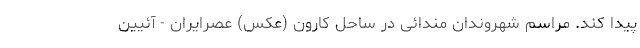
پیدا کند. مراسم شهروندان مندائی در ساحل کارون (عکس) عصرایران - آئیین